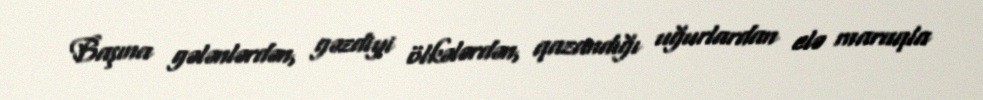
Başına gələnlərdən, gəzdiyi ölkələrdən, qazandığı uğurlardan elə maraqla